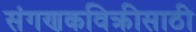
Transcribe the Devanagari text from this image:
संगणकविक्रीसाठी